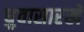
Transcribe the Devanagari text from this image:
ध्रुवासारखे